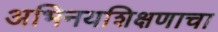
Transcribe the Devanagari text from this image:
अभिनयशिक्षणाचा